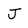
Character: J